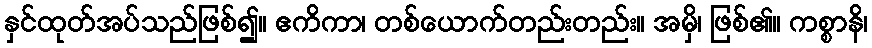
နှင်ထုတ်အပ်သည်ဖြစ်၍။ ဧကိကာ၊ တစ်ယောက်တည်းတည်း။ အမှိ၊ ဖြစ်၏။ ကစ္စာနိ၊